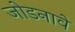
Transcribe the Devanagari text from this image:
जोडनावे